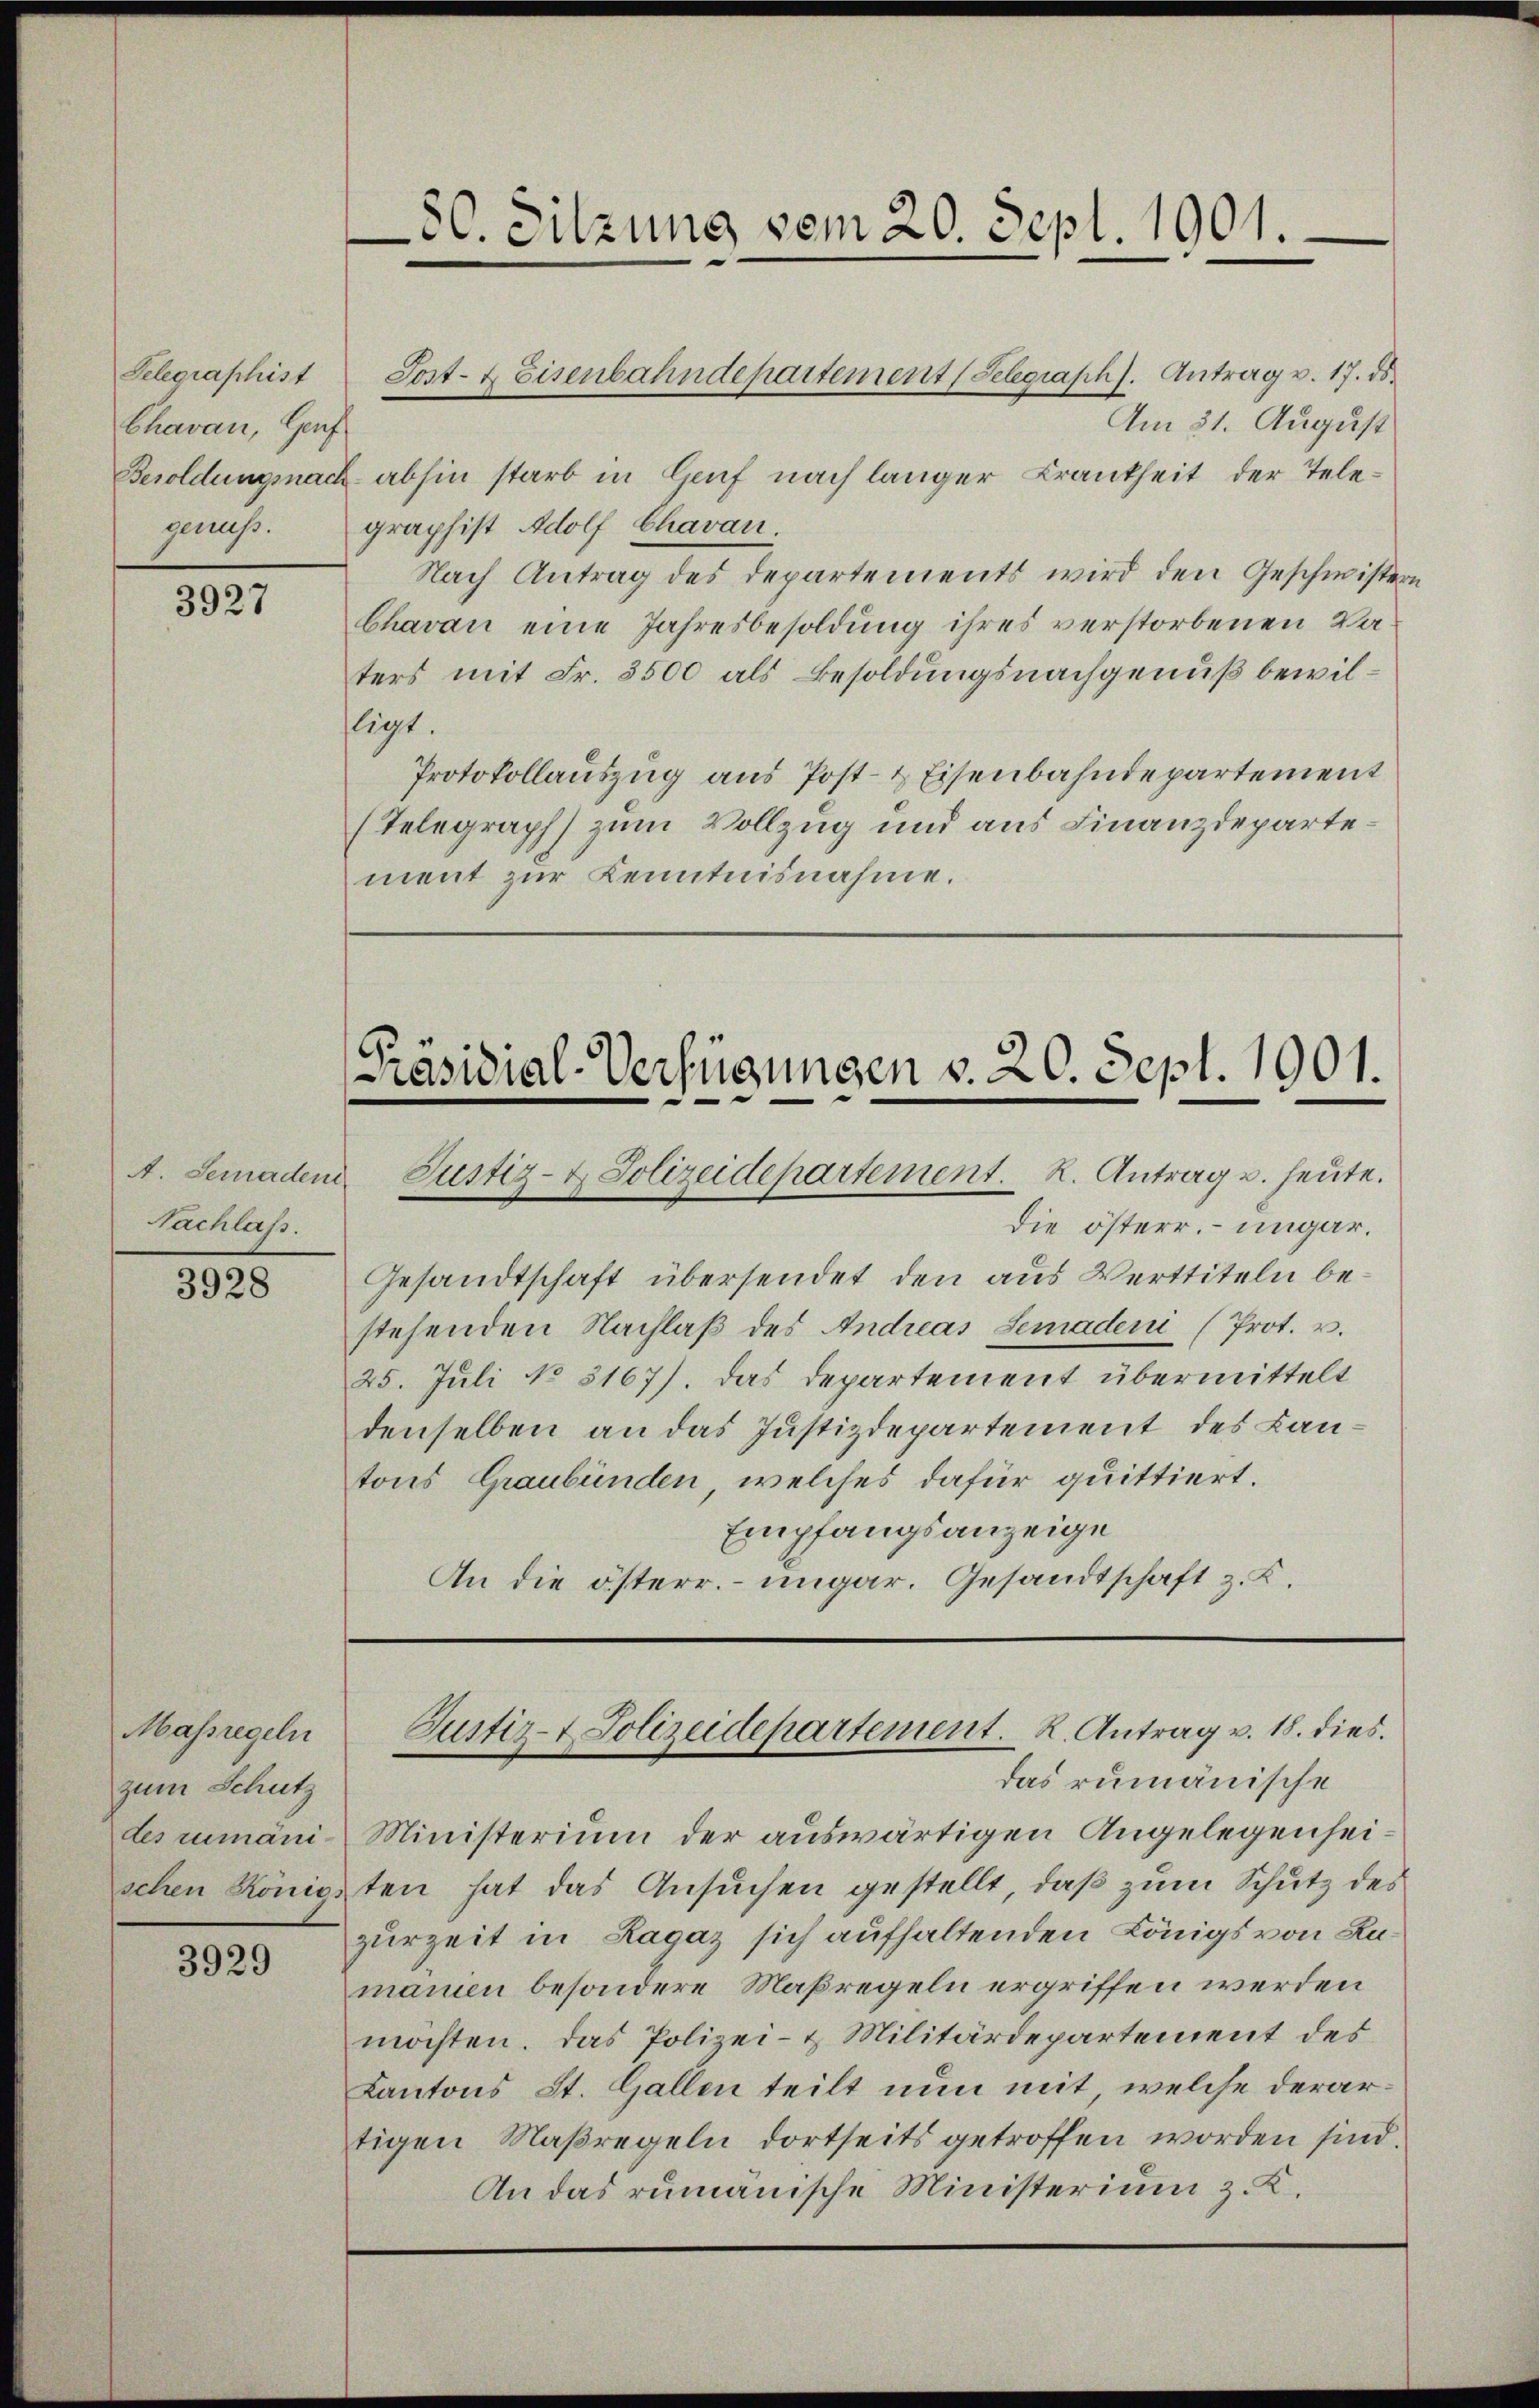
Gelegraphist
Chavan, Grauf
genuss.

3927

Nachlass.

3928

Massregeln
zum Schutz
des rumänischen Konie

3929

Sost- & Eisenbahndepartement (Selegraphs. Antrag v. 17. ds.
Am 31. August
Besoldungsnach abhin starb in Genf nach langer Krankheit der Telegraphist Adolf Chavan
Nach Antrag des Departements wird den Geschwistern
Chavan eine Jahresbesoldung ihres verstorbenen Vaters mit Fr. 3500 als Besoldungsnachgenuß bewilligt.
Protokollauszug aus Post- & Eisenbahndepartement
(Telegraph) zum Vollzug und aus Finanzdepartement zur Kenntnisnahme.

80. Sitzung vom 20. Sept. 1901.

[Präsidial-Verfügungen v. 20. Sept. 1901.
A. Semaden Justiz- & Polizeidepartement. K. Antrag u. heute.

Justiz- & Polizeidepartement. K. Antrag v. 18. dies.
das rumänische

Ministerium der auswärtigen Angelegenheiten hat das Ansuchen gestellt, daß zum Schutz des
zurzeit in Ragaz sich aufhaltenden Königs von Rumanien besondere Maßregeln ergriffen werden
möchten. Das Polizei- & Militärdepartement des
Kantons St. Gallen teilt nun mit, welche derartigen Maßregeln dortseits getroffen worden sind.
An das rumänische Ministerium z. K.

Die österr. – ungar.
Gesandtschaft übersendet den aus Werttiteln bestehenden Nachlaß des Andreas Semadeni (Prot. v.
25. Juli No 5167). Das Departement übermittelt
denselben an das Justizdepartement des Lantons Graubünden, welches dafür quittiert.
Empfangsanzeige
An die österr. ungar. Gesandtschaft z. B.